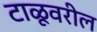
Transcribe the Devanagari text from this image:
टाळूवरील